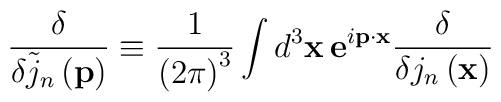
\frac \delta {\delta \tilde{j}_n\left( \mathbf{p}\right) }\equiv \frac1{\left( 2\pi \right) ^3}\int d^3\mathbf{x\,e}^{i\mathbf{p\cdot x}}\frac\delta {\delta j_n\left( \mathbf{x}\right) }